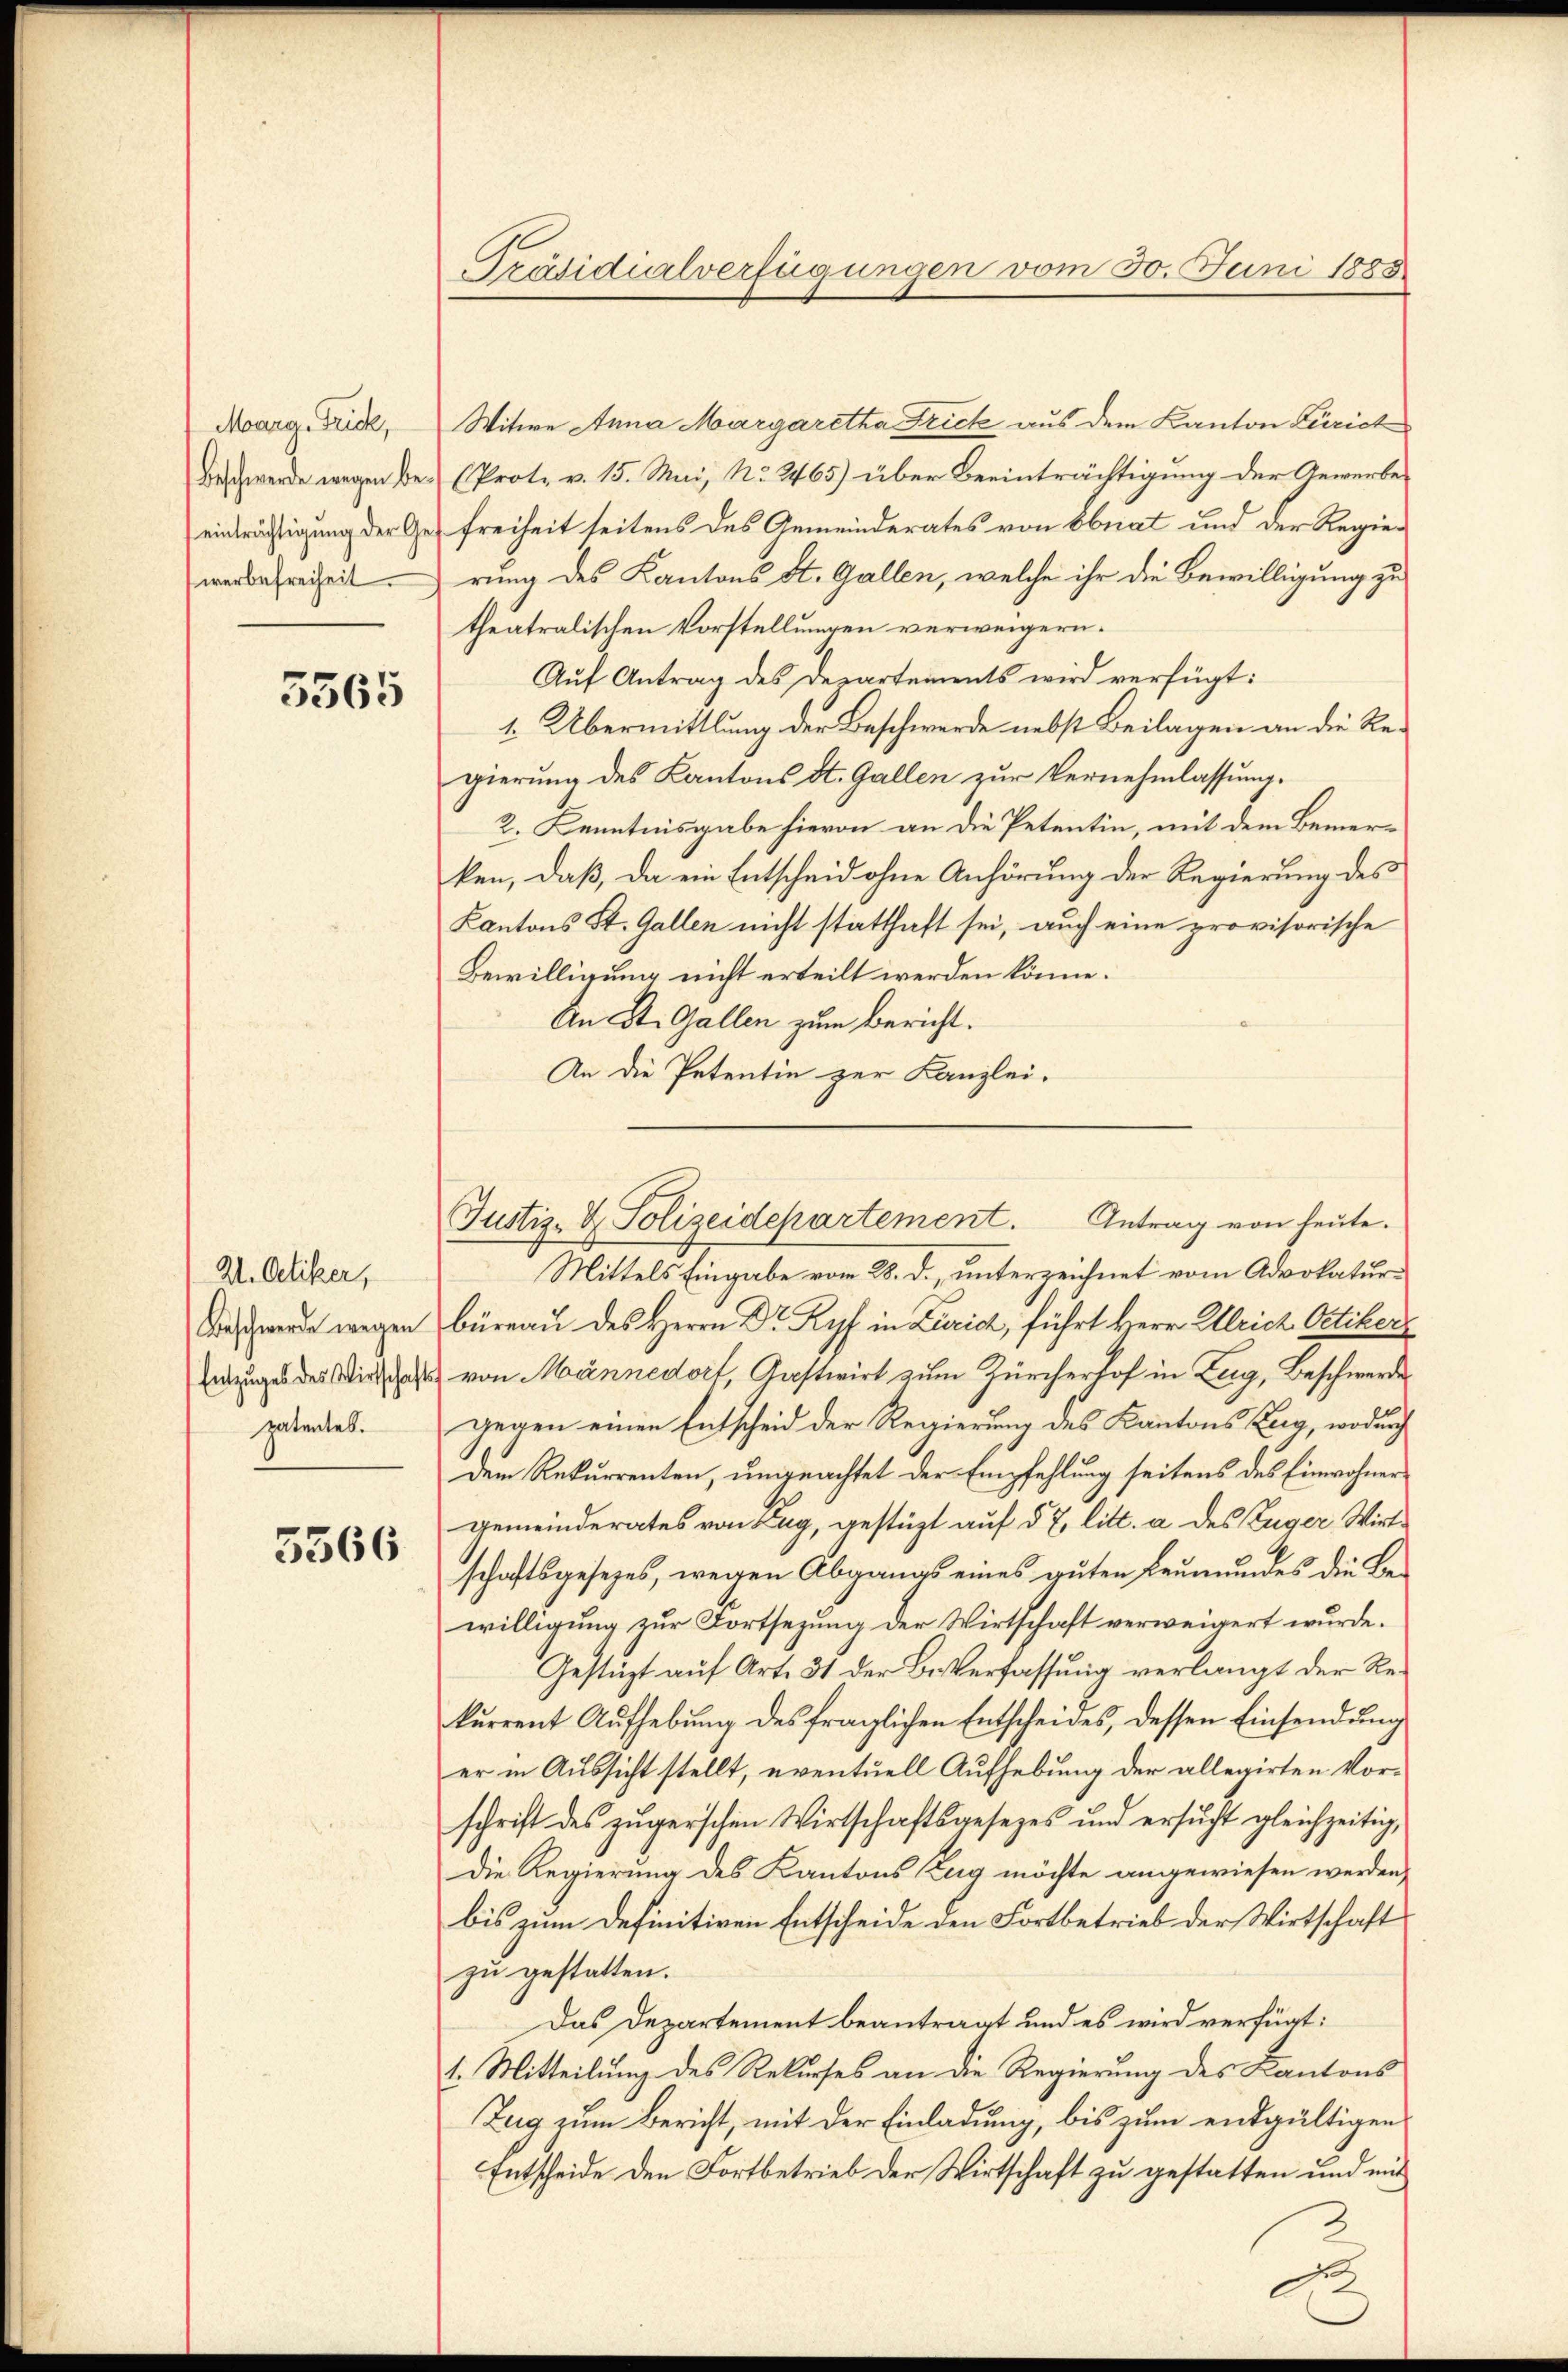
Moarg Frick,
werbefreiheit.

3565

21. Oetiker,
Beschwerde wegen
Entzuges des Wirtschafts
patentes.

5366

Präsidialverfügungen vom 30. Juni 1883

Witwe Anna Margaretha Frick aus dem Kanton Zürich
Beschwerde wegen Be- (Prot. v. 15. Mai, No. 265) über Beeinträchtigung der Gewerbe-
einträchtigung der Ges Freiheit seitens des Gemeinderates von Ebnat und der Regierung des Kantons St. Gallen, welche ihr die Bewilligung zu
theatralischen Vorstellungen verweigern.
Auf Antrag des Departements wird verfügt:
1. Übermittlung der Beschwerde nebst Beilagen an die Regierung des Kantons St. Gallen zur Vernehmlassung.
2. Kenntnisgabe hievon an die Petentin, mit dem Bemerken, daß, da ein Entscheid ohne Anhörung der Regierung des
Kantons St. Gallen nicht statthaft sei, auch eine provisorische
Bewilligung nicht erteilt werden könne.
An St. Gallen zum Bericht.
An die Petentin zur Kanzlei.

Justiz- & Polizeidepartement. Antrag von heute.

Mittels Eingabe vom 28. d., unterzeichnet vom Advokaturbüreau des Herrn Dr Ryf in Zürich, führt Herr Ullrich Oetikers
& von Männedorf, Gastwirt zum Zürcherhof in Zug, Beschwerde
gegen einen Entscheid der Regierung des Kantons Zug, wodurch
dem Rekurrenten, ungeachtet der Empfehlung seitens des Einwohner
gemeinderates von Zug, gestützt auf § 7, litt. a des Zuger Wirtschaftsgesetzes, wegen Abgangs eines guten Leumundes die Bewilligung zur Fortsezung der Wirtschaft verweigert wurde.
Gestüzt auf Art. 31 der Besterfassung verlangt der Rekurrent Aŭfhebŭng des fraglichen Entscheides, dessen Einsendŭng
er in Aussicht stellt, eventuell Aufhebung der allegirten Vorschrift des zugerschen Wirtschaftsgesezes und ersucht gleichzeitig,
die Regierung des Kantons Zug möchte angewiesen werden,
bis zum Definitiven Entscheide den Fortbetrieb der Wirtschaft
zu gestatten.
Das Departement beantragt und es wird verfügt:
1. Mitteilung des Rekurses an die Regierung des Kantons
Zug zum Bericht, mit der Einladung, bis zum entgültigen
Entscheide den Fortbetrieb der Wirtschaft zu gestatten und mit
3